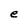
Character: e